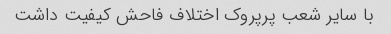
با سایر شعب پرپروک اختلاف فاحش کیفیت داشت